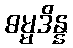
ဓမ္မဒိန္န